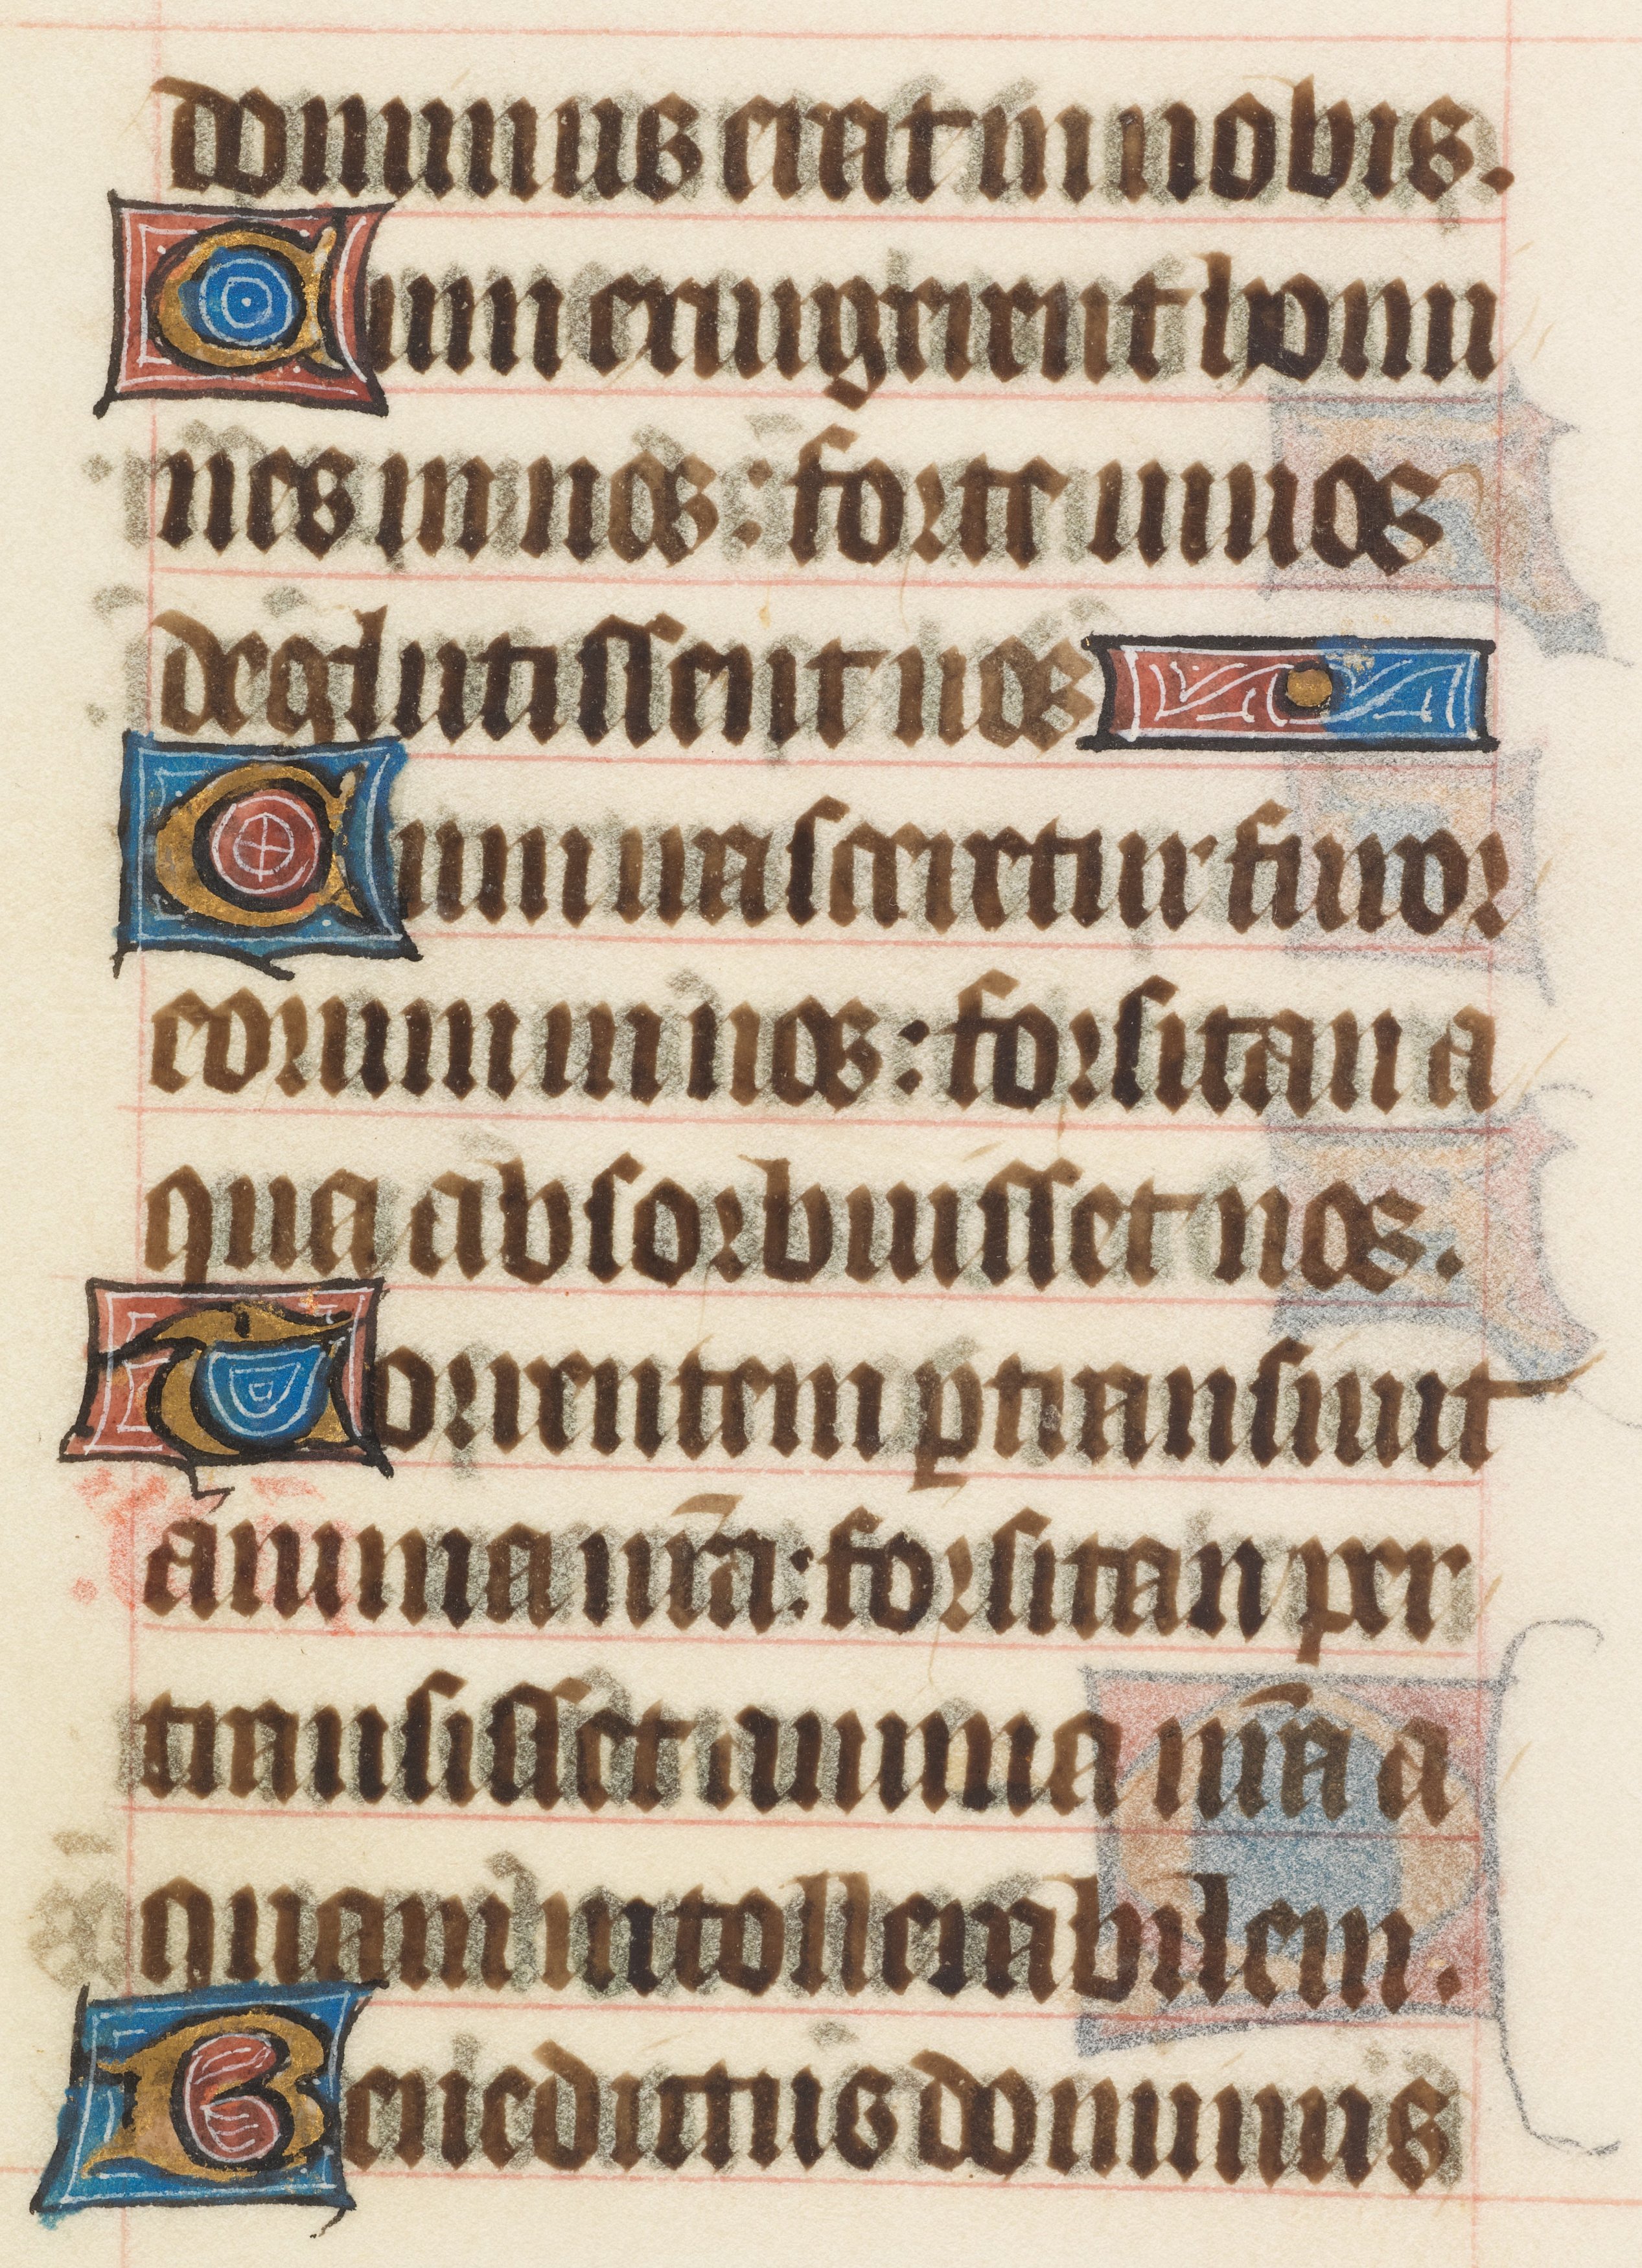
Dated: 1414–1445